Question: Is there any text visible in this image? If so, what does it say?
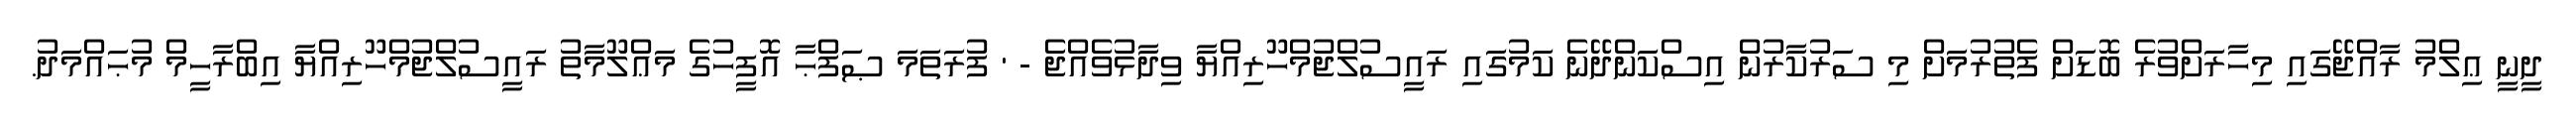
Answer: ދީނީ ޢިލްމު ރާއްޖޭގައި މިހާރަށްވުރެ ބޮޑަށް ފެތުރުމަށް މި ސަރުކާރުން އިސްކަންދޭނެ ކަމުގައި ރައީސުލްޖުމްހޫރިއްޔާ ވިދާޅުވެއްޖެ - ' ފުރަތަމަ ޞަފްޙާ އޮފީހުގެ މަޢްލޫމާތު ރައީސުލްޖުމްހޫރިއްޔާ އިބްރާހީމް މުޙައްމަދު.